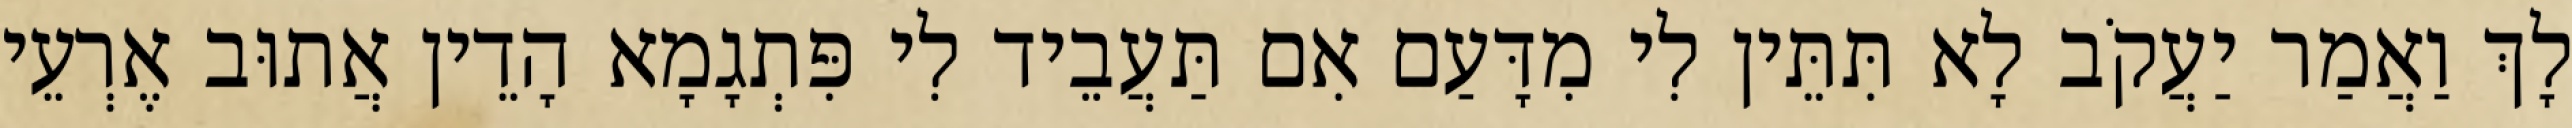
לָךְ וַאֲמַר יַעֲקֹב לָא תִּתֵּין לִי מִדָּעַם אִם תַּעֲבֵיד לִי פִּתְגָמָא הָדֵין אֲתוּב אֶרְעֵי